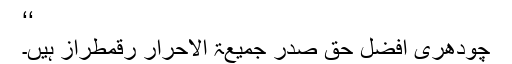
‘‘
چودھری افضل حق صدر جمیعۃ الاحرار رقمطراز ہیں۔